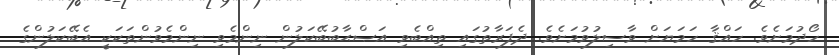
ހޯދުމަށެވެ. ހައްޤާ ހަމަޔަށް ވާސިލުވުމަށެވެ. ދެފަރާތުގައި ތިއްބެވި އަޞްޙާބުބޭކަލުން ނިންމެވި ނިންމެވުންތަކަކީ އެބޭކަލުންގެ